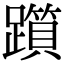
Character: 𨆦